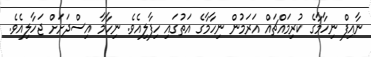
ނާއިފް ނިހާމާގެ ކުރިމައްޗައް އަރަމުން ނިހާމާގެ އަތުގައި ހިފާލިއެވެ. ނިހާމާ އިސްދަށަށް ޖަހާލިއެވެ.